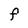
Character: F